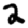
Digit: 2